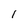
Character: 1